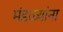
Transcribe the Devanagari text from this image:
मंडळ्यांना